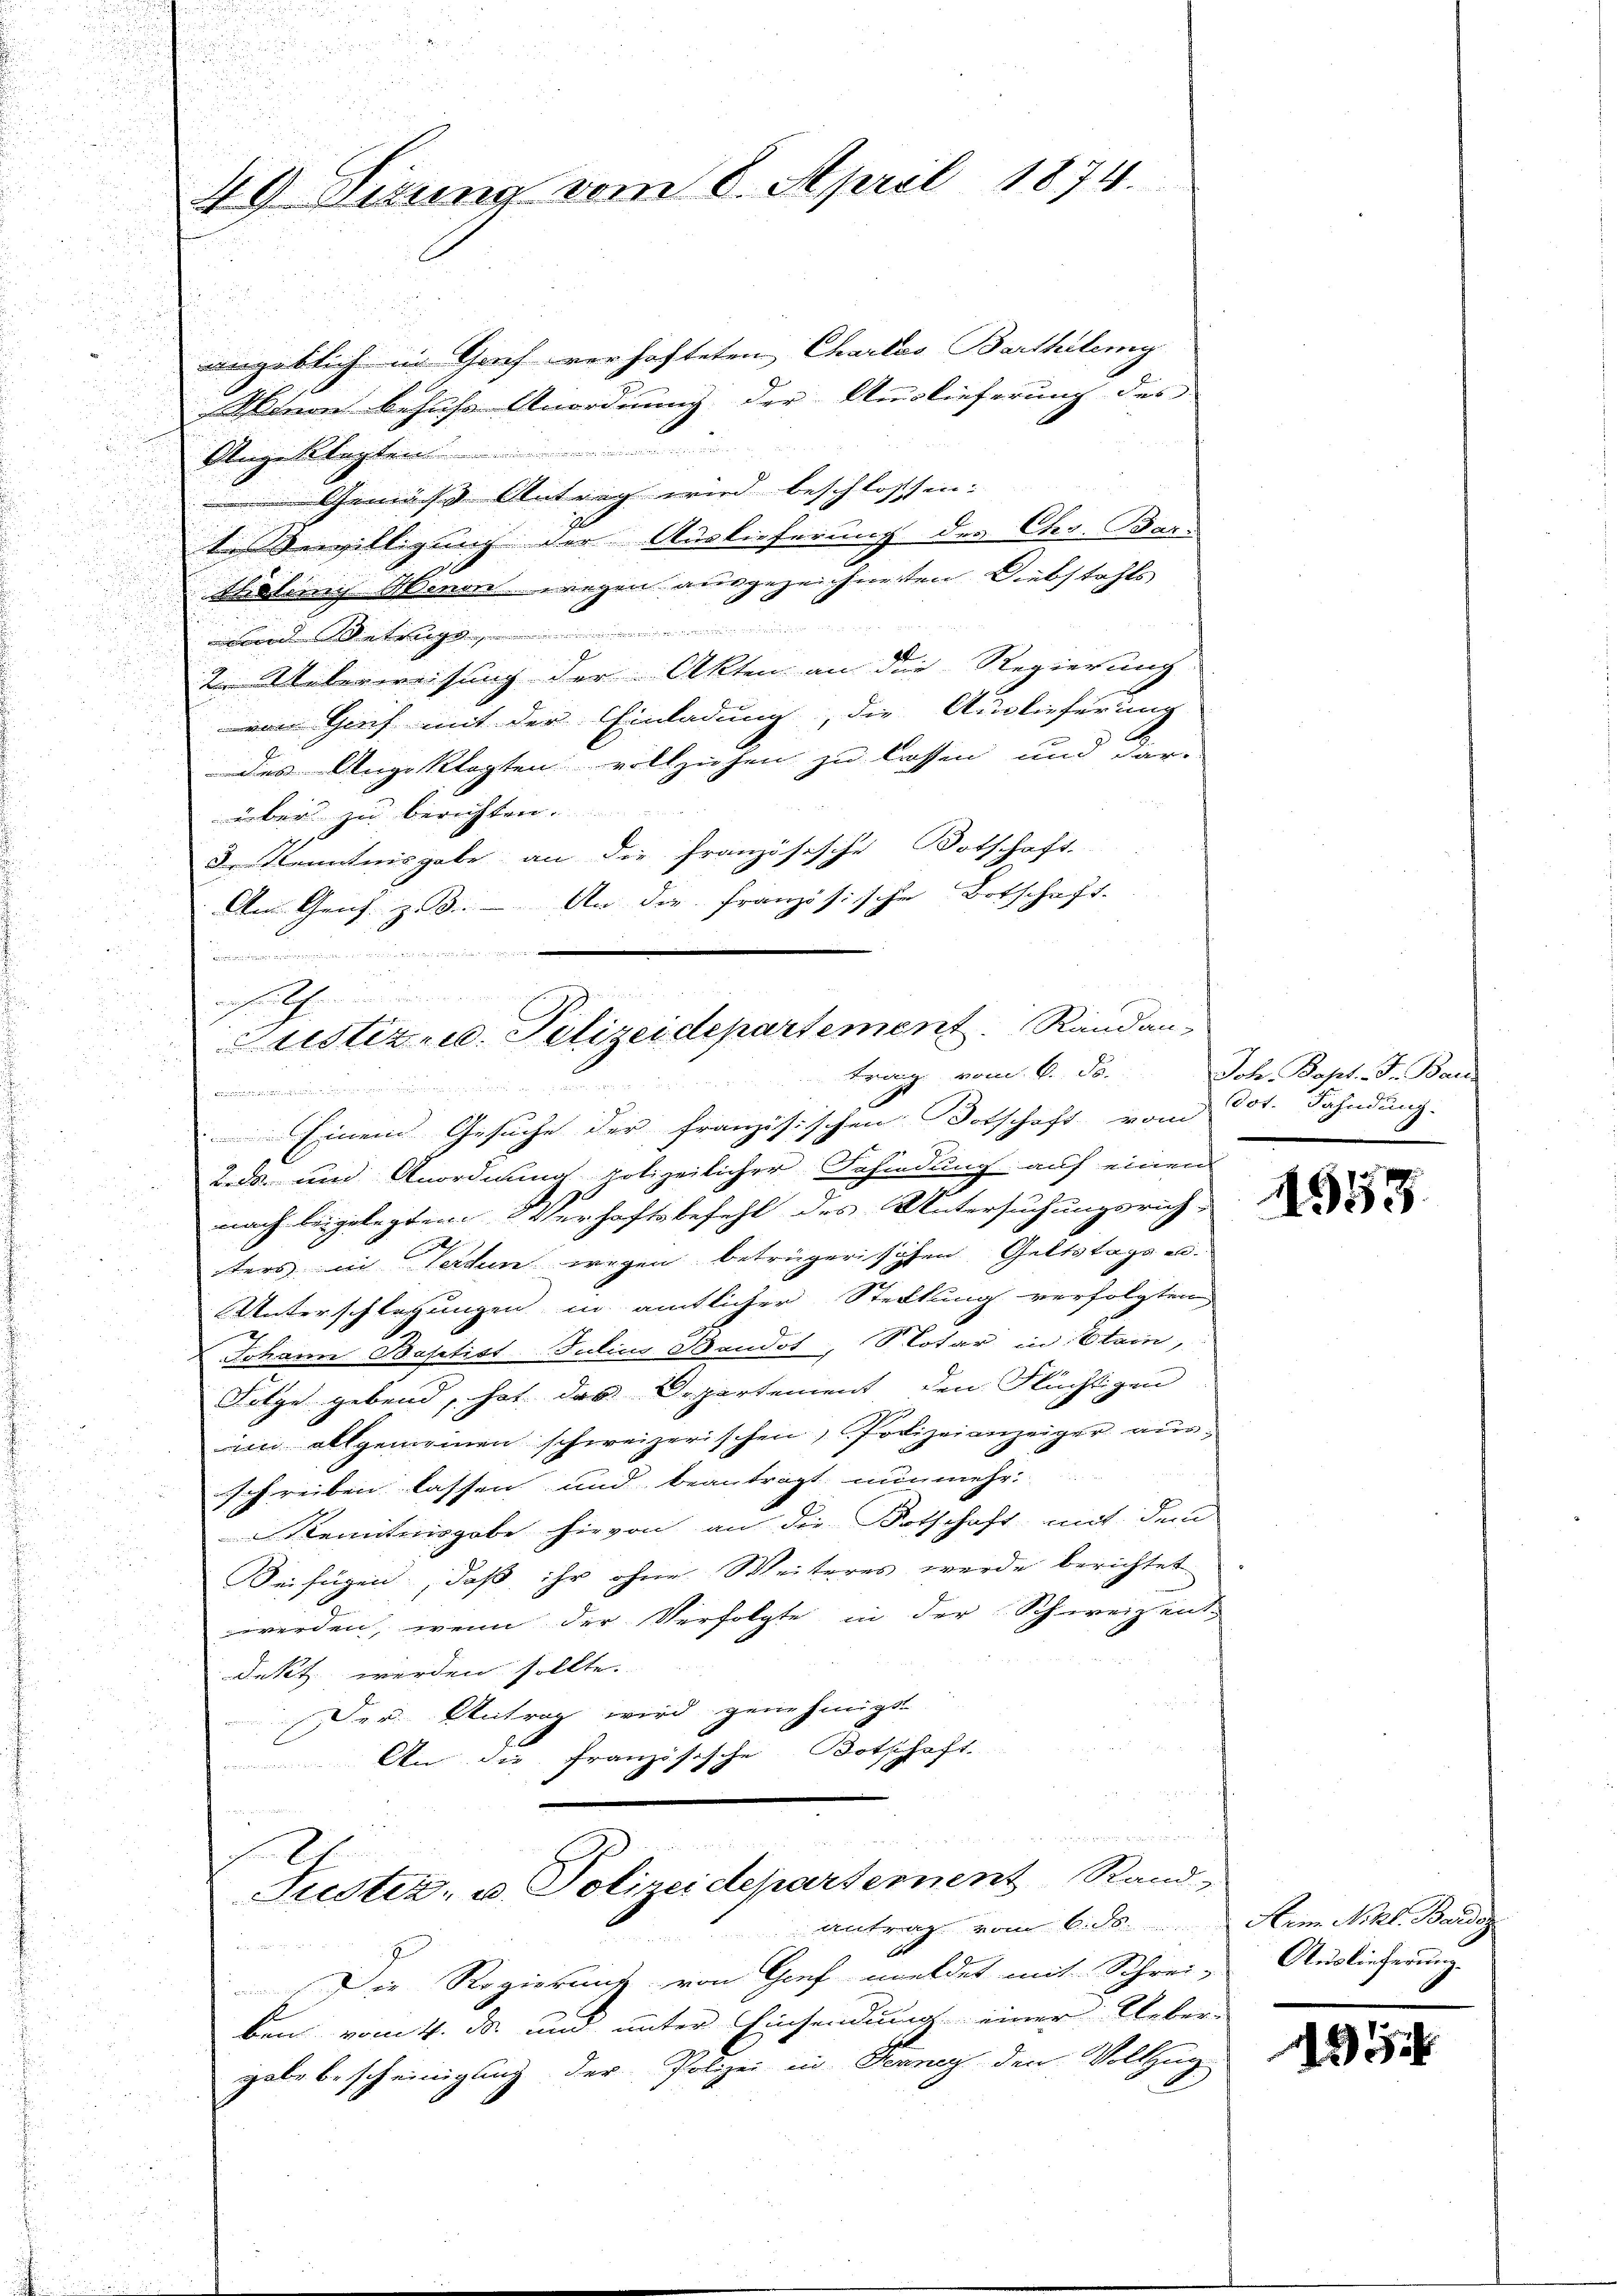
49 Nizung vom 8. April 1874.

vngeblich in Graf verhafteten Charlos Barthelung
Winon behufs Unordnung der Auslieferung des
e
Angeklagten
Gemäss Antrag wird beschlossen:
te Verwilligung der Auslieferung des Cts. Bars
Kolins Abenen wegen ausgezeichneten Diebstahls
n d Winterungs
2. Ueberweisung der Akten an die Regierung
von Genf mit der Einladung, die Auslieferung
des Angeklagten vollziehen zu lassen und dar-
über zu berichten.
3. Kenntnisgabe an die französische Botschaft.
An Gras. z. B. - An die französische Botschaft.

Einem Gesuche der französischen Dotschaft vom
g
2.ds. und Anordnung polizeilicher Behindung auf einem
nach beigelegtem Verhaftsbefehl des Untersuchungsrich-
h
ters in leichen wegen betrügerischen Geltstags en
Unterschlagungen in amtlicher Steckung verfolgten
2
Johann Baptist Filius Bandot, Notar in Stein,
Folge gebend, hat das Departement den Flüchtigen
im allgemeinen schweizerischen Polizeianzeiger ausr
schreiben lassen und beantragt nunmehr
Kenntnisgabe hievon an die Kotschaft mit den
Beifügen, daß ihr ohne Weiteres werde berichtet
werden, wenn der Verfolgte in der Schweizent-
dekt werden sollte.
Der Antrag wird genehmigt.
An die französische Botschaft
a
d
unden gegen auch
c
Justiz- u. Polizeidepartement Rand-
antrag vom 6. ds. Ain Nikl. Baidoz
wette er
Die Regierung von Graf meldet mit Schrei- Auslieferung
ben vom 4. da und unter Einsendung einer Ueber-
gabe bescheinigung der Polizei in Ferner den Vollzug
n

efel
Justiz- u. Polizeidepartement. Randan-
trag vom 6. ds. Joh. Bapt. J. Bau
n

dot. Fahndung.

1553

125